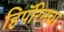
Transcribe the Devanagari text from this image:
हिपॅरिनचा